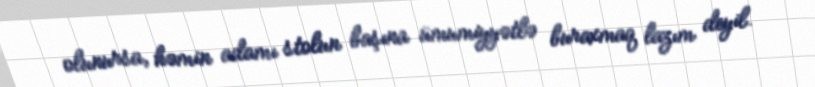
olunursa, həmin adamı stolun başına ümumiyyətlə buraxmaq lazım deyil.